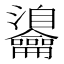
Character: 𪛎